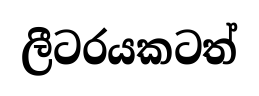
ලීටරයකටත්